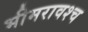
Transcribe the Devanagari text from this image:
भीमरावश्च